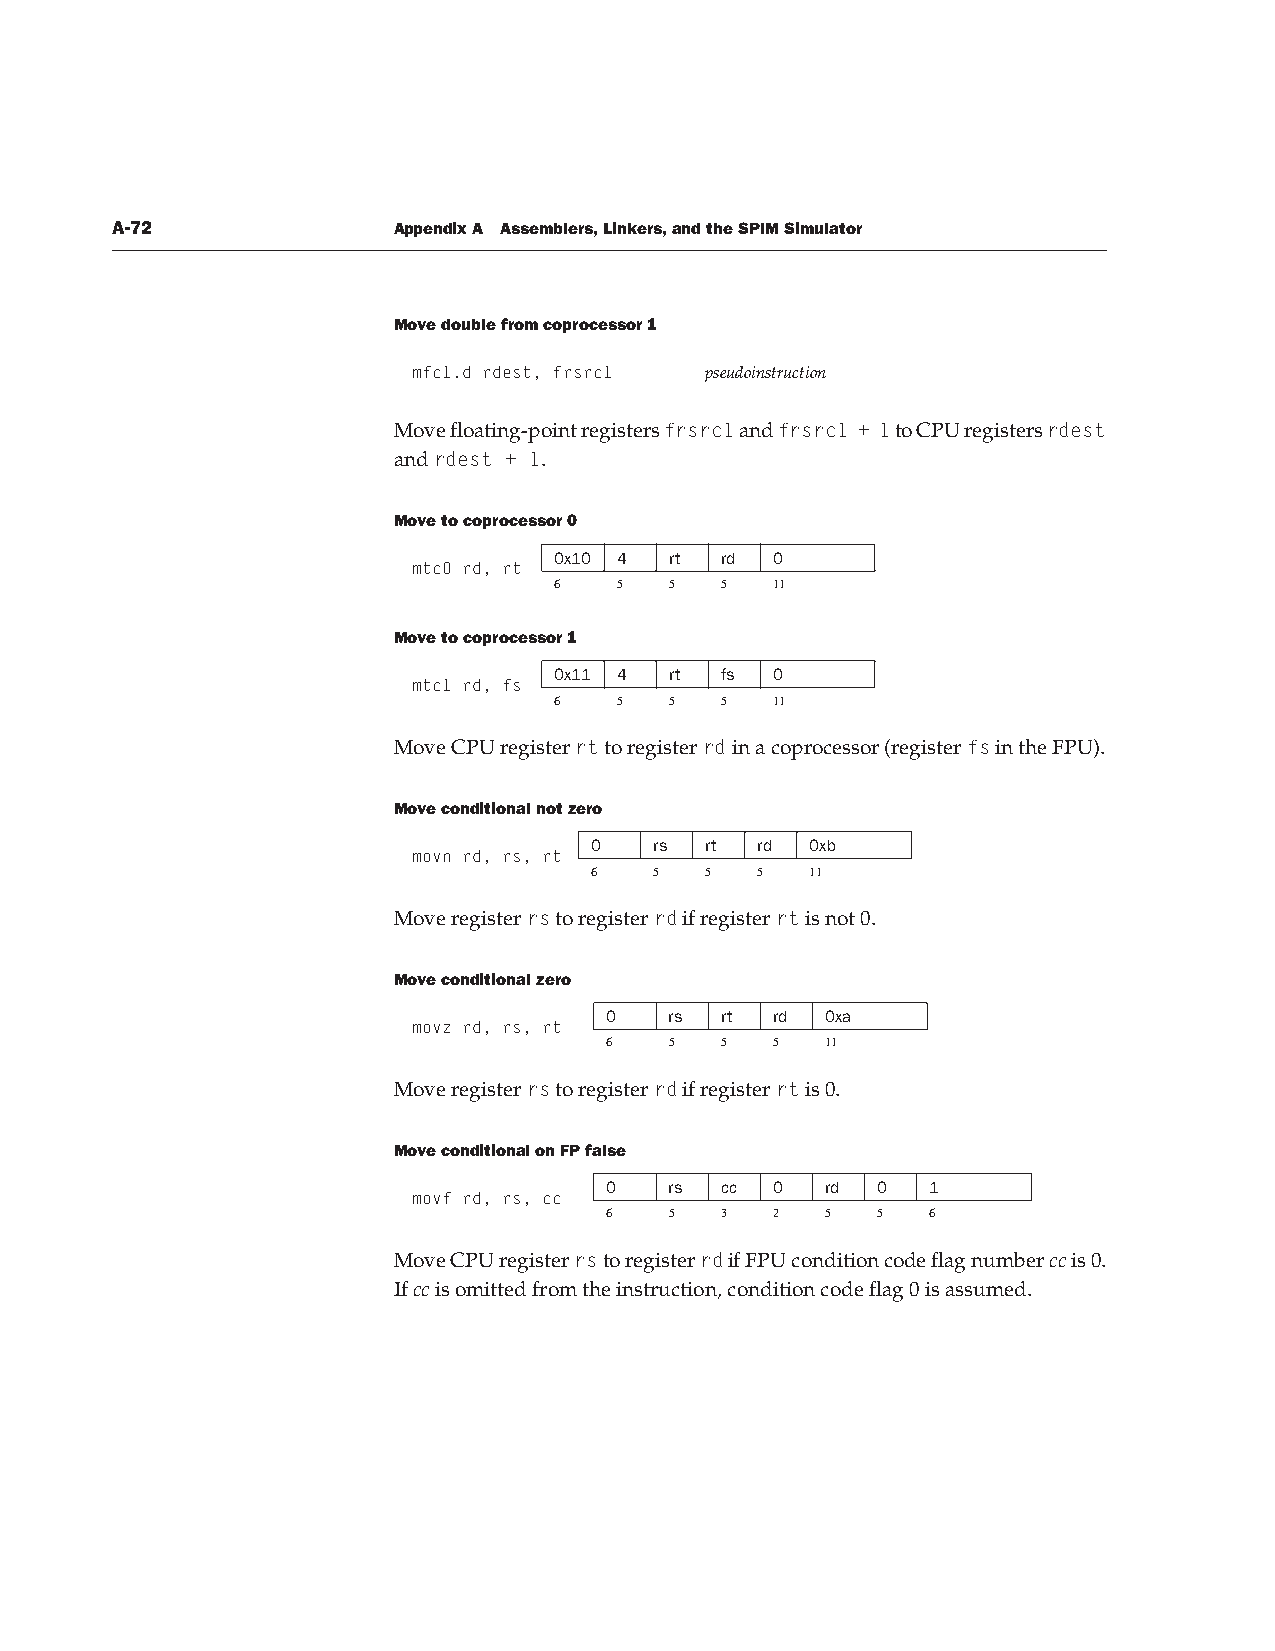
A-72               Appendix A Assemblers, Linkers, and the SPIM Simulator
 Move double from coprocessor 1
 mfc1.d rdest, frsrc1 pseudoinstruction
 Move floating-point registers frsrc1 and frsrc1 + 1 to CPU registers rdest
 and rdest + 1.
 Move to coprocessor 0
 0x10 4 rt  rd 0
 mtc0 rd, rt
 6   5  5   5  11
 Move to coprocessor 1
 0x11 4 rt  fs 0
 mtc1 rd, fs
 6   5  5   5  11
 Move CPU register rt to register rd in a coprocessor (register fs in the FPU).
 Move conditional not zero
 0   rs  rt rd  0xb
 movn rd, rs, rt
 6   5   5  5   11
 Move register rs to register rd if register rt is not 0.
 Move conditional zero
 0   rs  rt rd  0xa
 movz rd, rs, rt
 6   5   5  5   11
 Move register rs to register rd if register rt is 0.
 Move conditional on FP false
 0   rs  cc 0   rd 0   1
 movf rd, rs, cc
 6   5   3  2   5  5   6
 Move CPU register rs to register rd if FPU condition code flag number cc is 0.
 If cc is omitted from the instruction, condition code flag 0 is assumed.